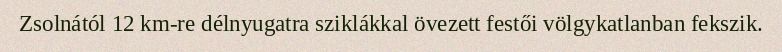
Zsolnától 12 km-re délnyugatra sziklákkal övezett festői völgykatlanban fekszik.